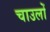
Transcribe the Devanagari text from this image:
चाउलों